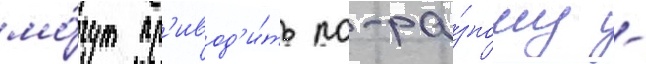
мо́гут пр'ивод'и́ть по-ра́зному -